65_HS1-834228961_62-HQ-83894_Section_6
Agency: FBI
Page 178
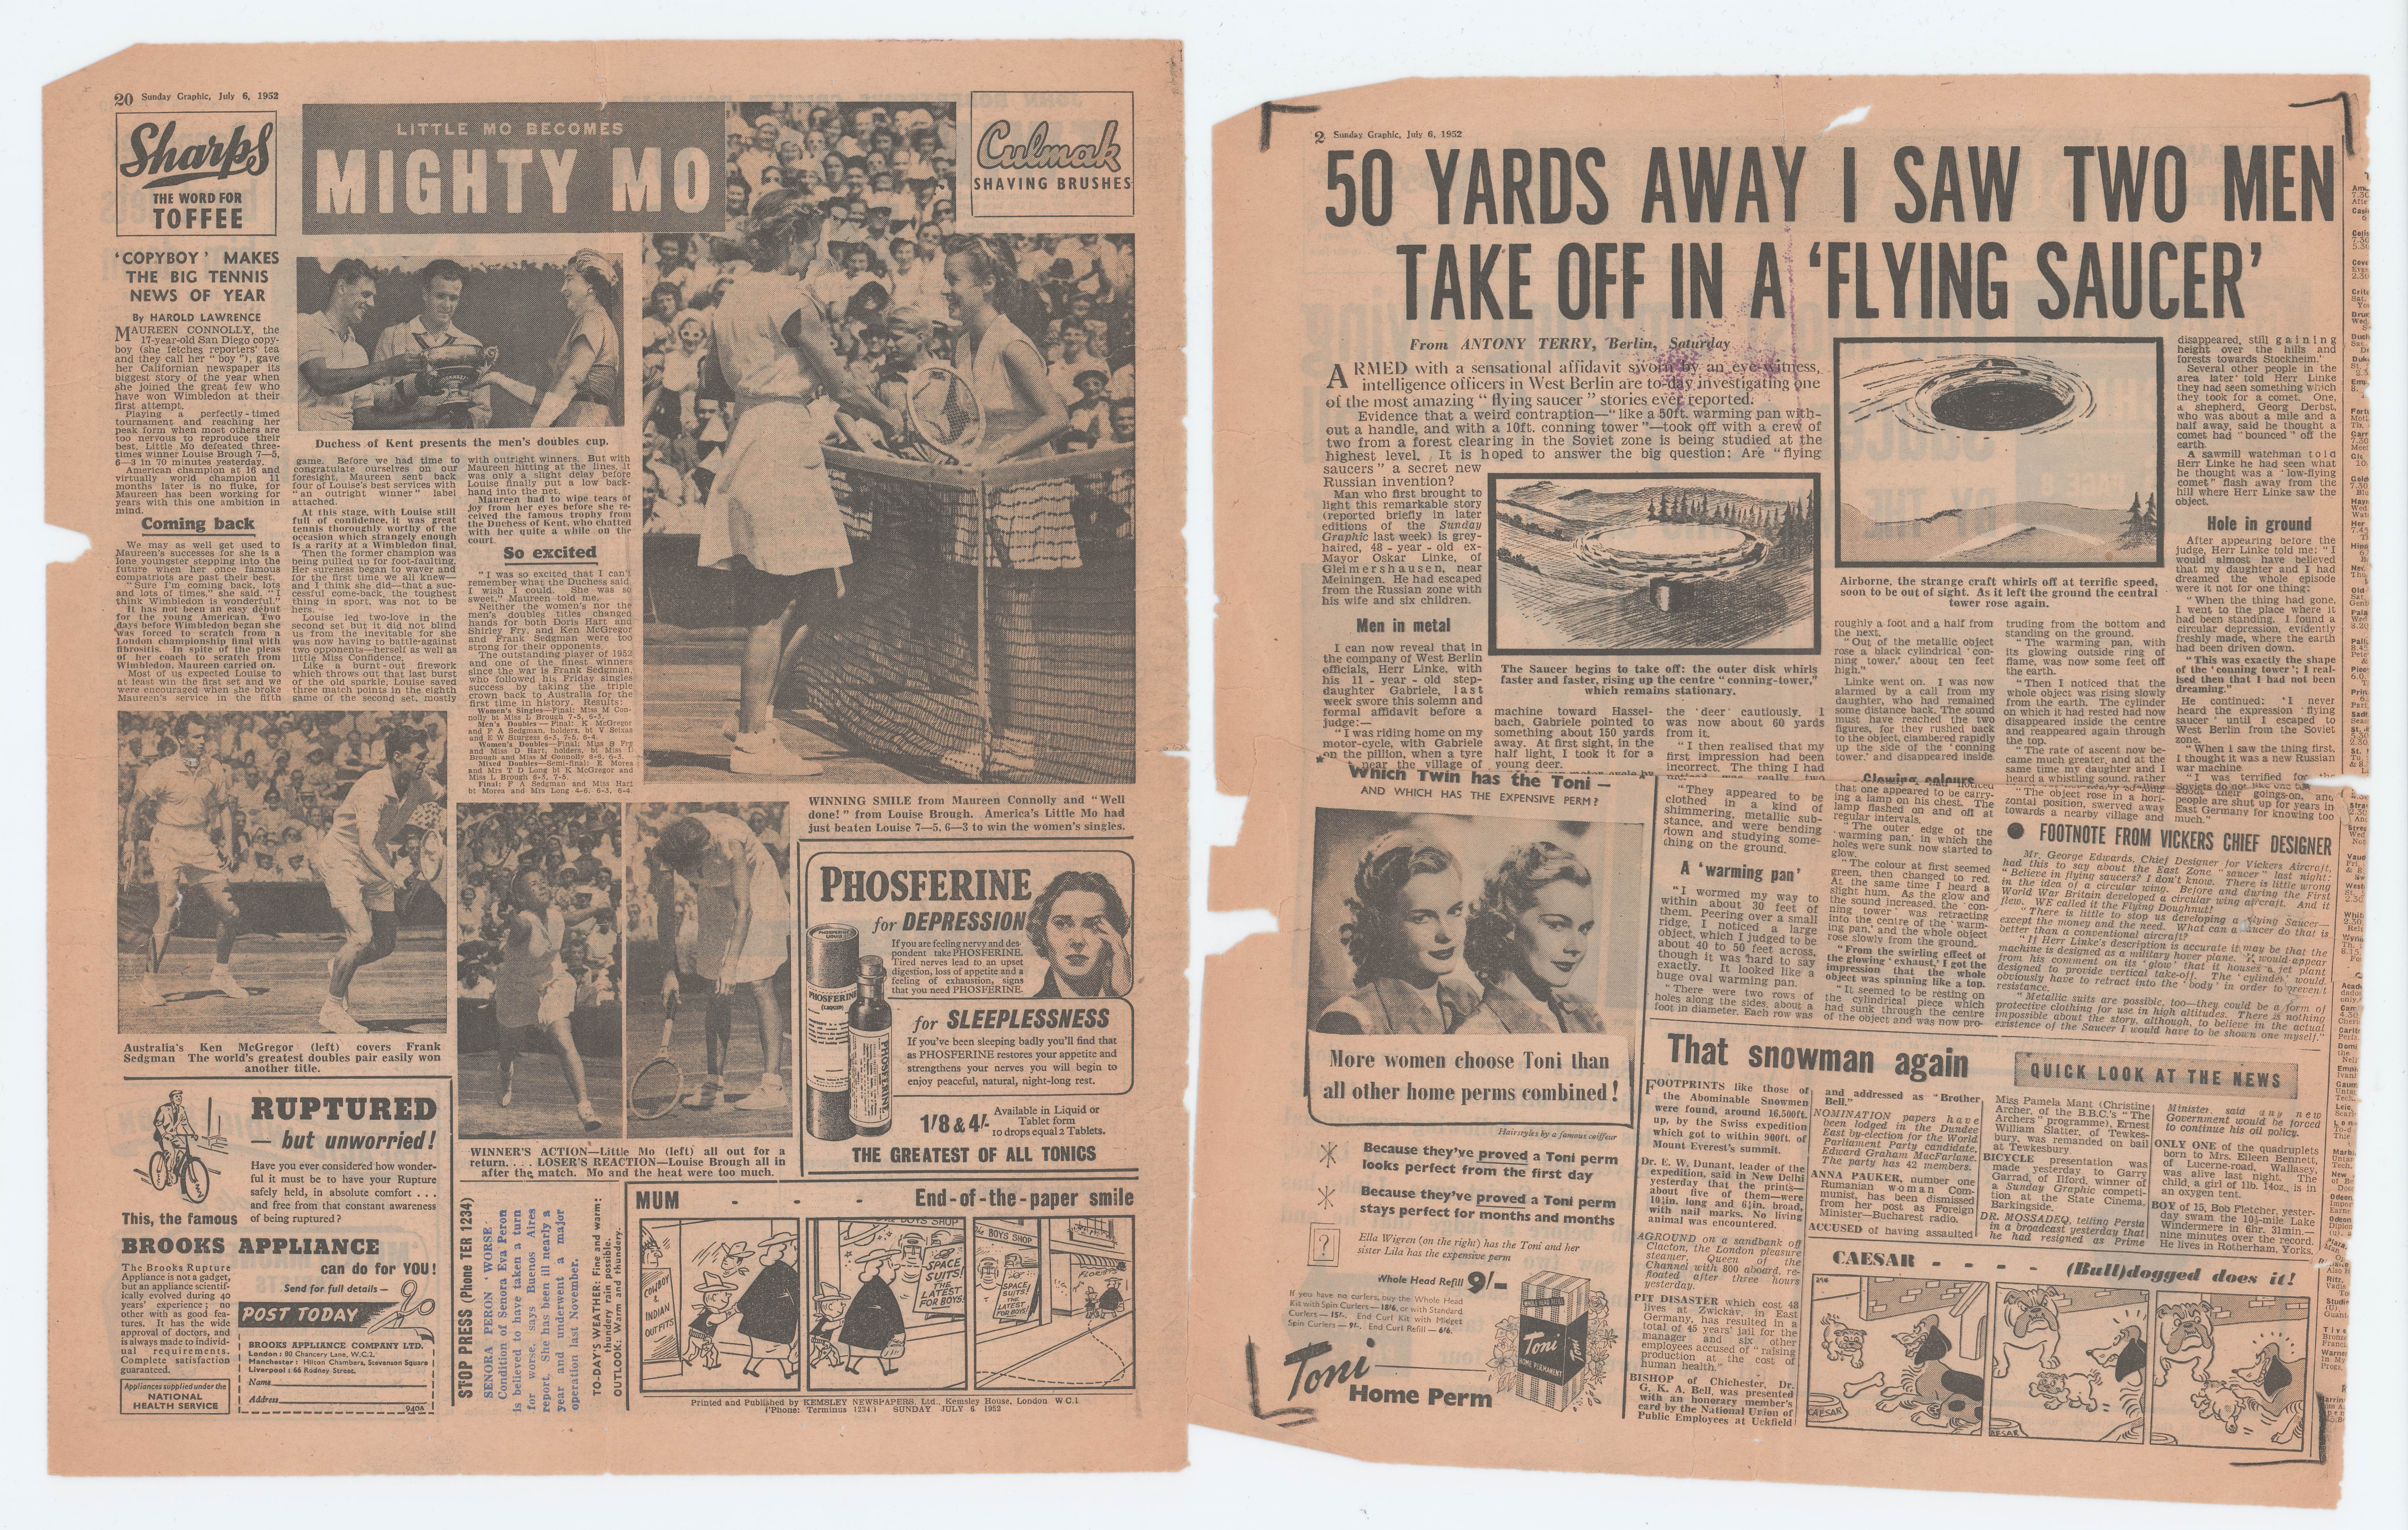